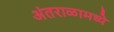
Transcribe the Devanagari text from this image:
अंतराळामध्ये